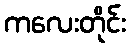
ကလေးတိုင်း